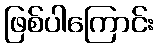
ဖြစ်ပါကြောင်း